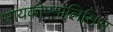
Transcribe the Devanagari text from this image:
सायकोएनालिसिस